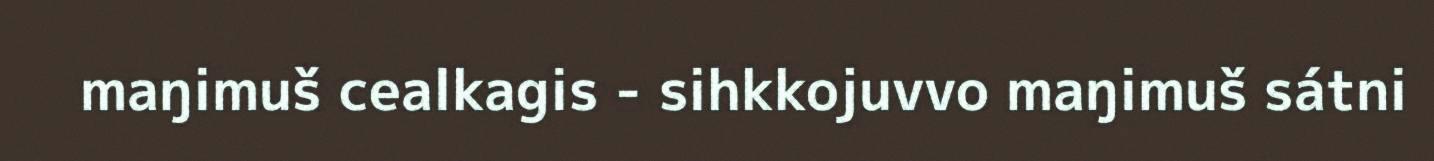
maŋimuš cealkagis - sihkkojuvvo maŋimuš sátni